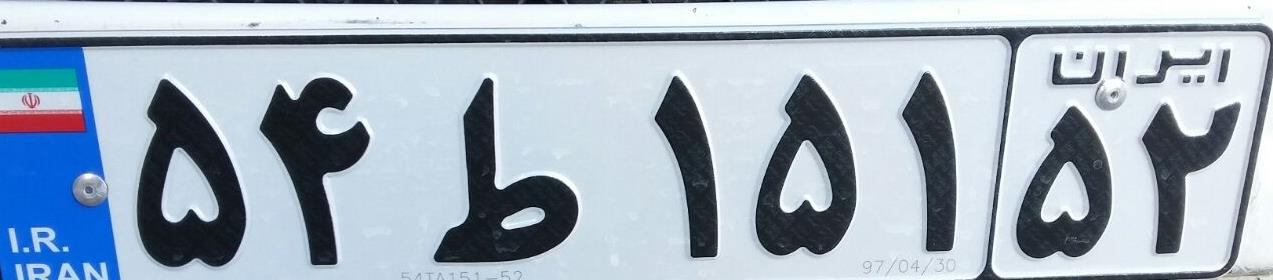
۵۴ط۱۵۱۵۲